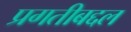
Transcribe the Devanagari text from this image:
प्रगतीबद्दल